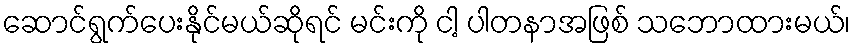
ဆောင်ရွက်ပေးနိုင်မယ်ဆိုရင် မင်းကို ငါ့ ပါတနာအဖြစ် သဘောထားမယ်၊